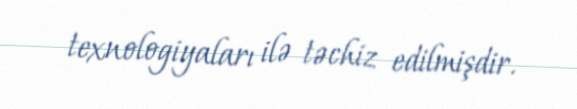
texnologiyaları ilə təchiz edilmişdir.